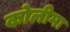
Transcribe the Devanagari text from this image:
कोलीमा